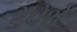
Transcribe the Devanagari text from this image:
डेपेशे